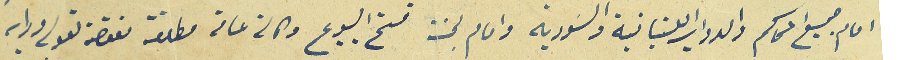
امام جميع المحاكم والدواير اللبنانية والسَورية وامام لجنة فتح البيوع وكالة عامة مطلقة مفوضة لقوله ورايه